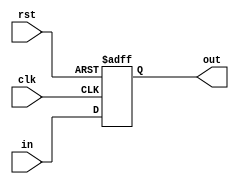
module syncLatch(
    input in,
    input clk,
	 input rst,
    output reg out
    );

// 
always @(posedge clk, posedge rst)
if(rst)
	out <= 0;
else
	out <= in;

endmodule